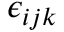
\epsilon _ { i j k }